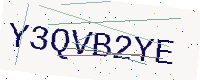
Text: Y3QVB2YE